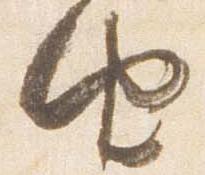
由